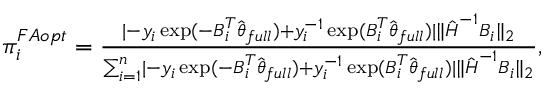
\begin{array} { r } { \pi _ { i } ^ { F A o p t } = \frac { \lvert - y _ { i } \exp ( - \boldsymbol { B } _ { i } ^ { T } \hat { \boldsymbol { \theta } } _ { f u l l } ) + y _ { i } ^ { - 1 } \exp ( \boldsymbol { B } _ { i } ^ { T } \hat { \boldsymbol { \theta } } _ { f u l l } ) \rvert \Vert \hat { \boldsymbol { H } } ^ { - 1 } \boldsymbol { B } _ { i } \Vert _ { 2 } } { \sum _ { i = 1 } ^ { n } \lvert - y _ { i } \exp ( - \boldsymbol { B } _ { i } ^ { T } \hat { \boldsymbol { \theta } } _ { f u l l } ) + y _ { i } ^ { - 1 } \exp ( \boldsymbol { B } _ { i } ^ { T } \hat { \boldsymbol { \theta } } _ { f u l l } ) \rvert \Vert \hat { \boldsymbol { H } } ^ { - 1 } \boldsymbol { B } _ { i } \Vert _ { 2 } } , } \end{array}